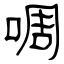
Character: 啁